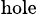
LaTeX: _{\mathrm{hole}}